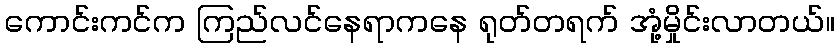
ကောင်းကင်က ကြည်လင်နေရာကနေ ရုတ်တရက် အုံ့မှိုင်းလာတယ်။